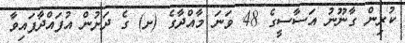
ކުރިން ގާނޫނު އަސާސީގެ 48 ވަނަ މާއްދާގެ (ށ) ގެ ދަށުން އުފައްދާފައިވާ